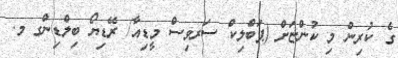
ގެ ކުރިން މި ކުންޏަށް (ޕަބްލިކް ސަރވިސް މީޑިއާ/ ރޭޑިޔޯ ބިލްޑިންގ މ.